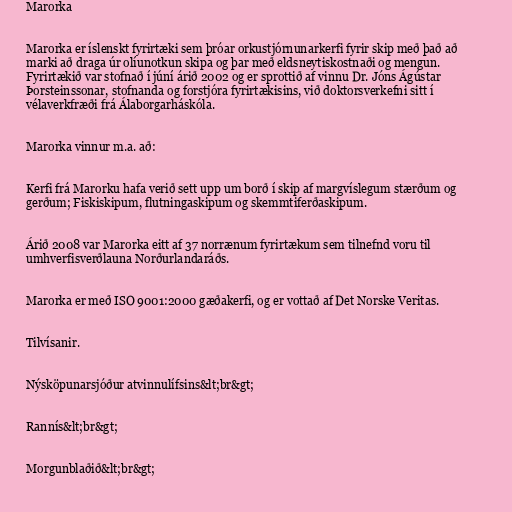
Marorka

Marorka er íslenskt fyrirtæki sem þróar orkustjórnunarkerfi fyrir skip með það að
marki að draga úr olíunotkun skipa og þar með eldsneytiskostnaði og mengun.
Fyrirtækið var stofnað í júní árið 2002 og er sprottið af vinnu Dr. Jóns Ágústar
Þorsteinssonar, stofnanda og forstjóra fyrirtækisins, við doktorsverkefni sitt í
vélaverkfræði frá Álaborgarháskóla.

Marorka vinnur m.a. að:

Kerfi frá Marorku hafa verið sett upp um borð í skip af margvíslegum stærðum og
gerðum; Fiskiskipum, flutningaskipum og skemmtiferðaskipum.

Árið 2008 var Marorka eitt af 37 norrænum fyrirtækum sem tilnefnd voru til
umhverfisverðlauna Norðurlandaráðs.

Marorka er með ISO 9001:2000 gæðakerfi, og er vottað af Det Norske Veritas.

Tilvísanir.

Nýsköpunarsjóður atvinnulífsins&lt;br&gt;

Rannís&lt;br&gt;

Morgunblaðið&lt;br&gt;